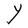
Character: Y